Leningradi_Edasi_toimetus, lk 164
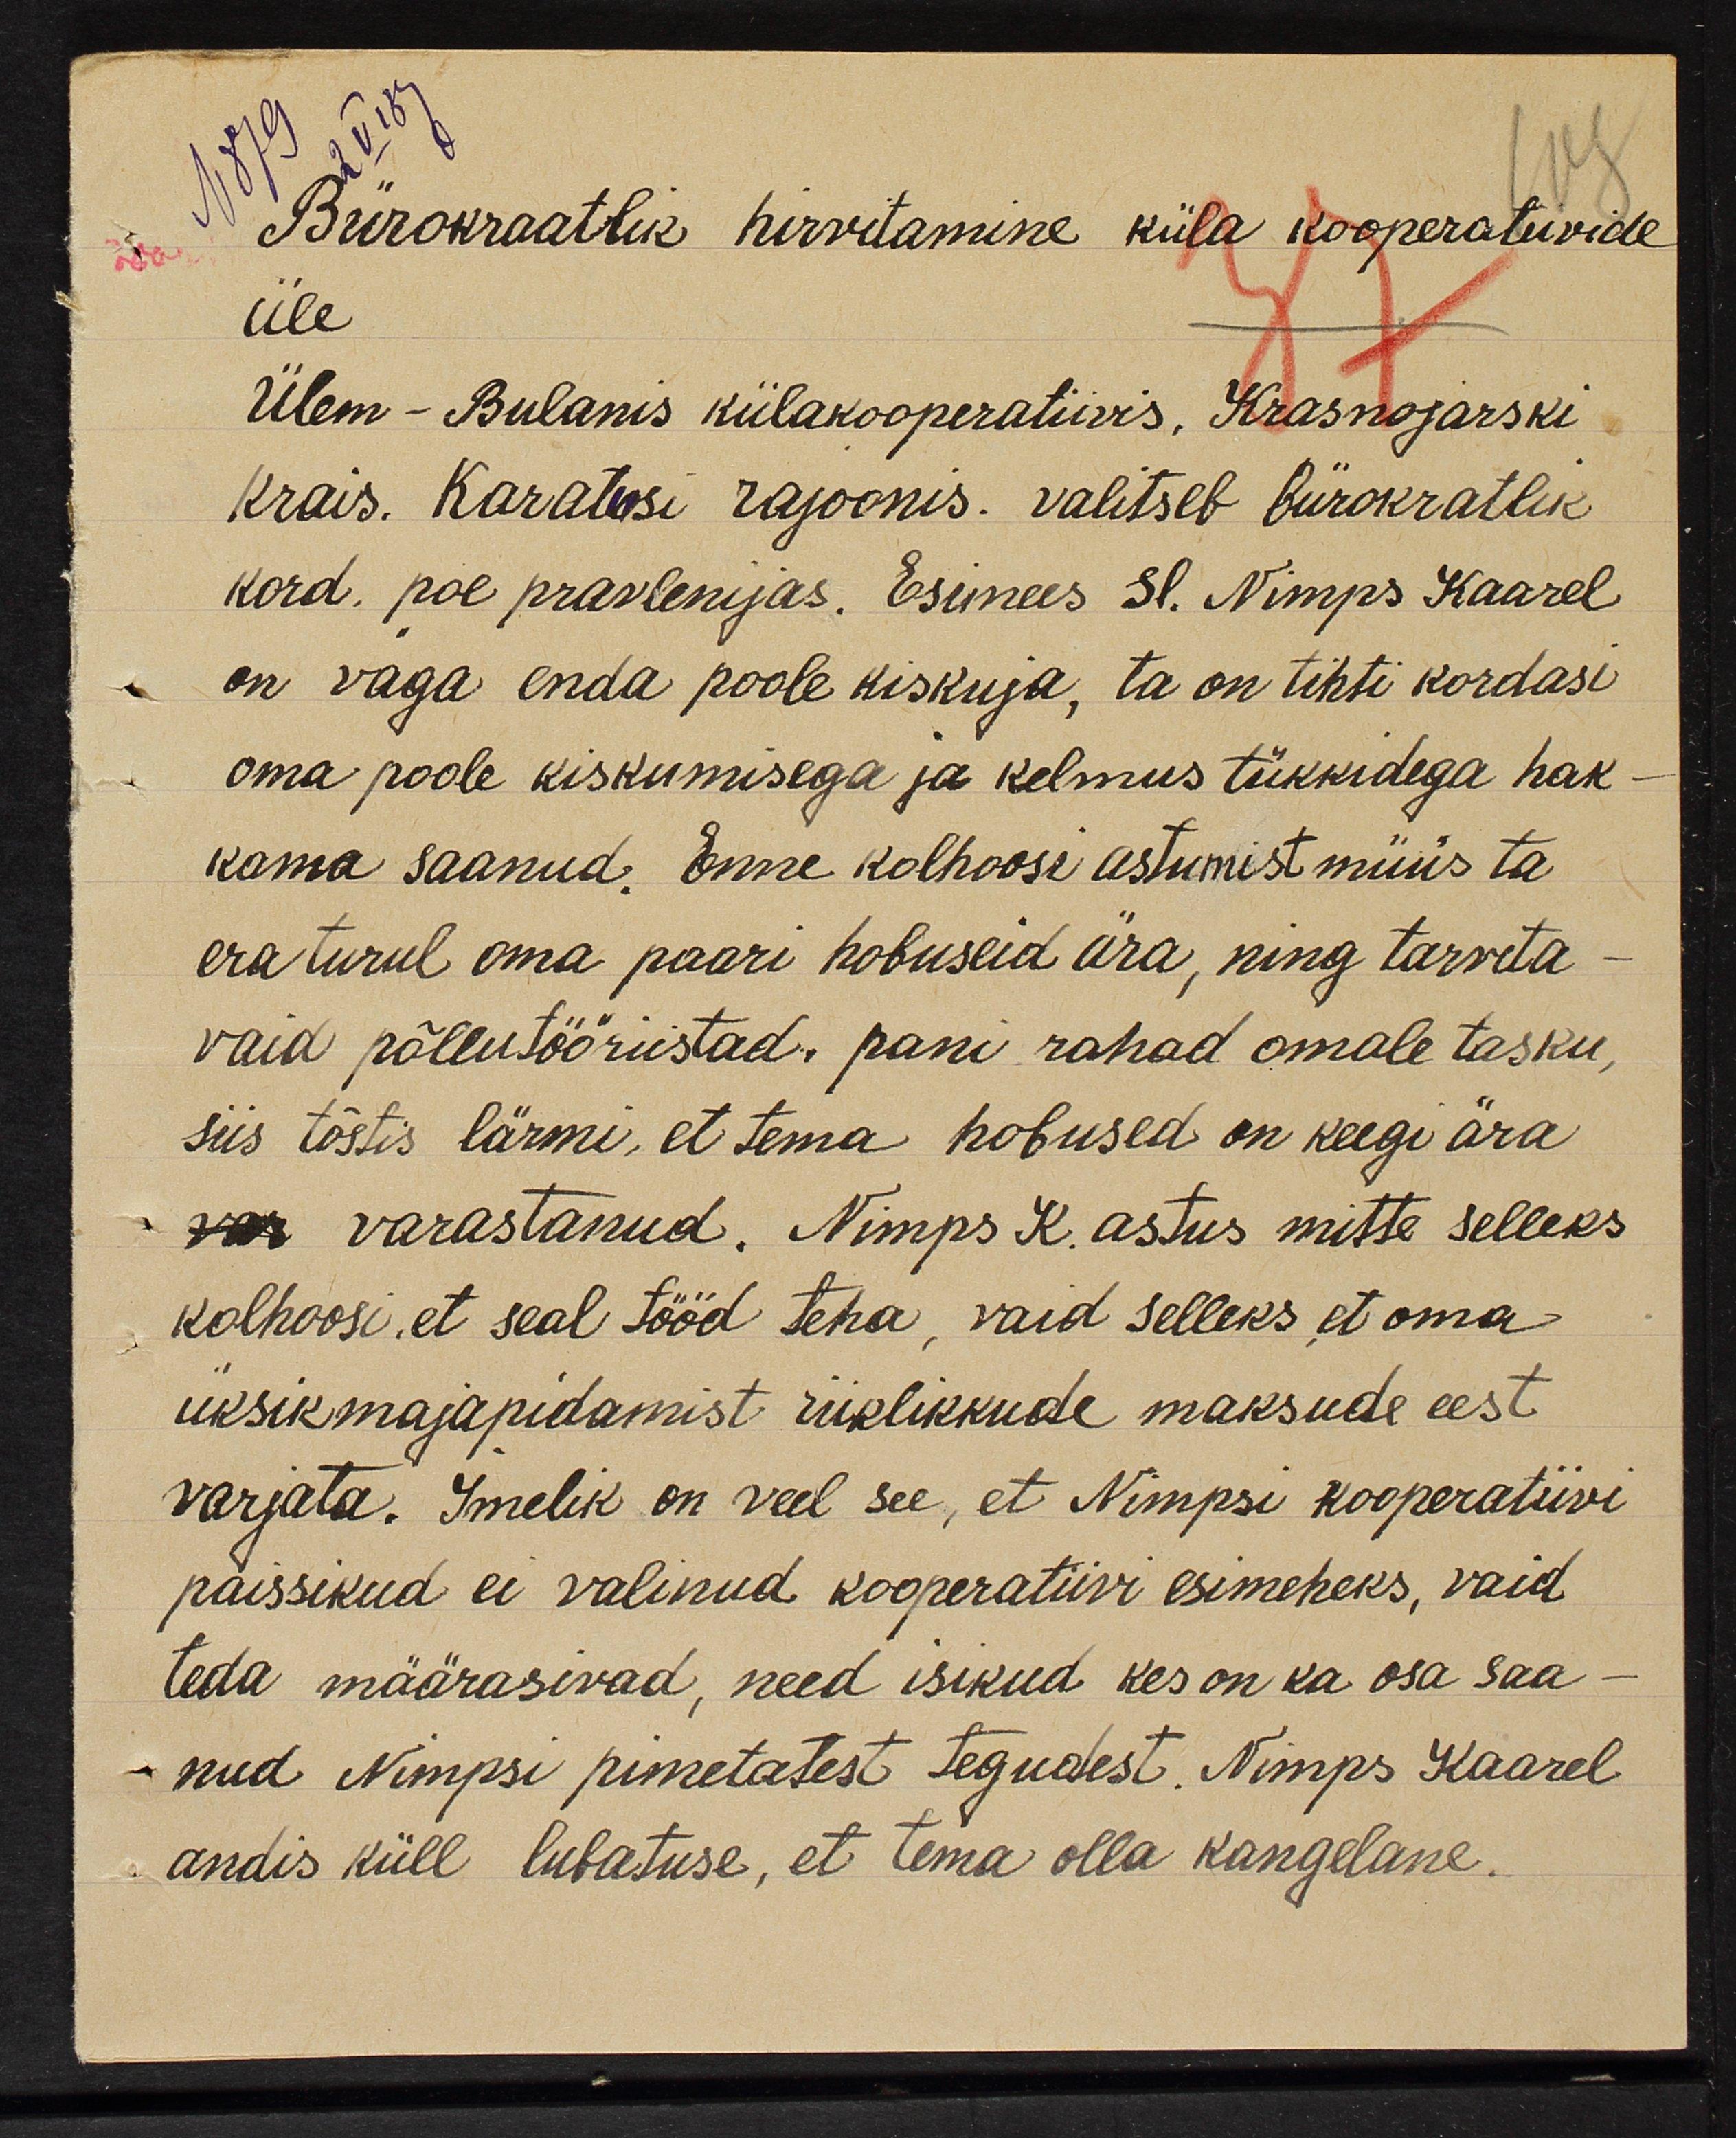
2 V 39
N 1879
Bürokraatlik hirvitamine küla kooperatiivide
108
üle.
Ülem - Bulanis külakooperatiivis, Krasnojarski
37
Krais. Karatusi rajoonis. valitseb bürokratlik
kord. poe pravlenijas. Esimees Sl. Nimps Kaarel
on väga enda poole kiskuja, ta on tihti kordasi
oma poole kiskumisega ja kelmus tükkidega hak-
kama saanud. Enne kolhoosi astumist müüs ta
era turul oma paari hobuseid ära, ning tarvita-
vaid põllutööriistad. pani rahad omale tasku
siis tõstis lärmi, et tema hobused on keegi ära
varastanud. Nimps K. astus mitte selleks
kolhoosi, et seal tööd teha, vaid selleks et oma
üksikmajapidamist riiklikkude maksude eest
varjata. Imelik on veel see, et Nimpsi kooperatiivi
paissikud ei valinud kooperatiivi esimeheks, vaid
teda määrasivad, need isikud kes on ka osa saa-
nud Nimpsi pimetatest tegudest. Nimps Kaarel
andis küll lubatuse, et tema olla kangelane.